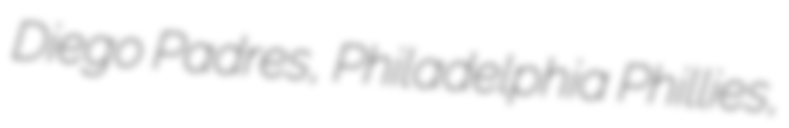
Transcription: Diego Padres, Philadelphia Phillies,